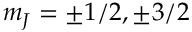
m _ { J } = \pm 1 / 2 , \pm 3 / 2